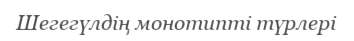
Шегегүлдің монотипті түрлері